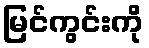
မြင်ကွင်းကို